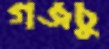
গজচু